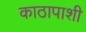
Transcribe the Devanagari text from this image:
काठापाशी